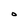
Character: O